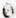
0